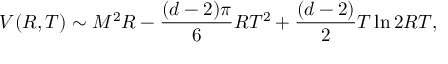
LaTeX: V ( R , T ) \sim M ^ { 2 } R - \frac { ( d - 2 ) \pi } { 6 } R T ^ { 2 } + \frac { ( d - 2 ) } { 2 } T \ln 2 R T ,